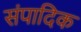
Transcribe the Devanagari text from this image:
संपादिक